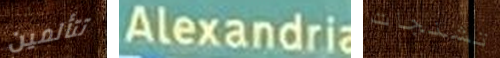
تتألمين Alexandria تشنجات